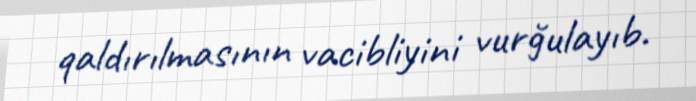
qaldırılmasının vacibliyini vurğulayıb.